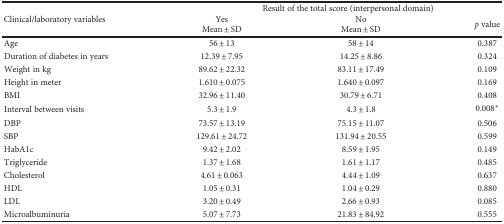
| <ROWSPAN=3> Clinical/laboratory variables | <COLSPAN=3> Result of the total score (interpersonal domain) |
 | Yes | No | <ROWSPAN=2> p value |
 | Mean ± SD | Mean ± SD |
 | --- | --- | --- | --- |
 | Age | 56 ± 13 | 58 ± 14 | 0.387 |
 | Duration of diabetes in years | 12.39 ± 7.95 | 14.25 ± 8.86 | 0.324 |
 | Weight in kg | 89.62 ± 22.32 | 83.11 ± 17.49 | 0.109 |
 | Height in meter | 1.610 ± 0.075 | 1.640 ± 0.097 | 0.169 |
 | BMI | 32.96 ± 11.40 | 30.79 ± 6.71 | 0.408 |
 | Interval between visits | 5.3 ± 1.9 | 4.3 ± 1.8 | 0.008∗ |
 | DBP | 73.57 ± 13.19 | 75.15 ± 11.07 | 0.506 |
 | SBP | 129.61 ± 24.72 | 131.94 ± 20.55 | 0.599 |
 | HabA1c | 9.42 ± 2.02 | 8.59 ± 1.95 | 0.149 |
 | Triglyceride | 1.37 ± 1.68 | 1.61 ± 1.17 | 0.485 |
 | Cholesterol | 4.61 ± 0.063 | 4.44 ± 1.09 | 0.637 |
 | HDL | 1.05 ± 0.31 | 1.04 ± 0.29 | 0.880 |
 | LDL | 3.20 ± 0.49 | 2.66 ± 0.93 | 0.085 |
 | Microalbuminuria | 5.07 ± 7.73 | 21.83 ± 84.92 | 0.555 |